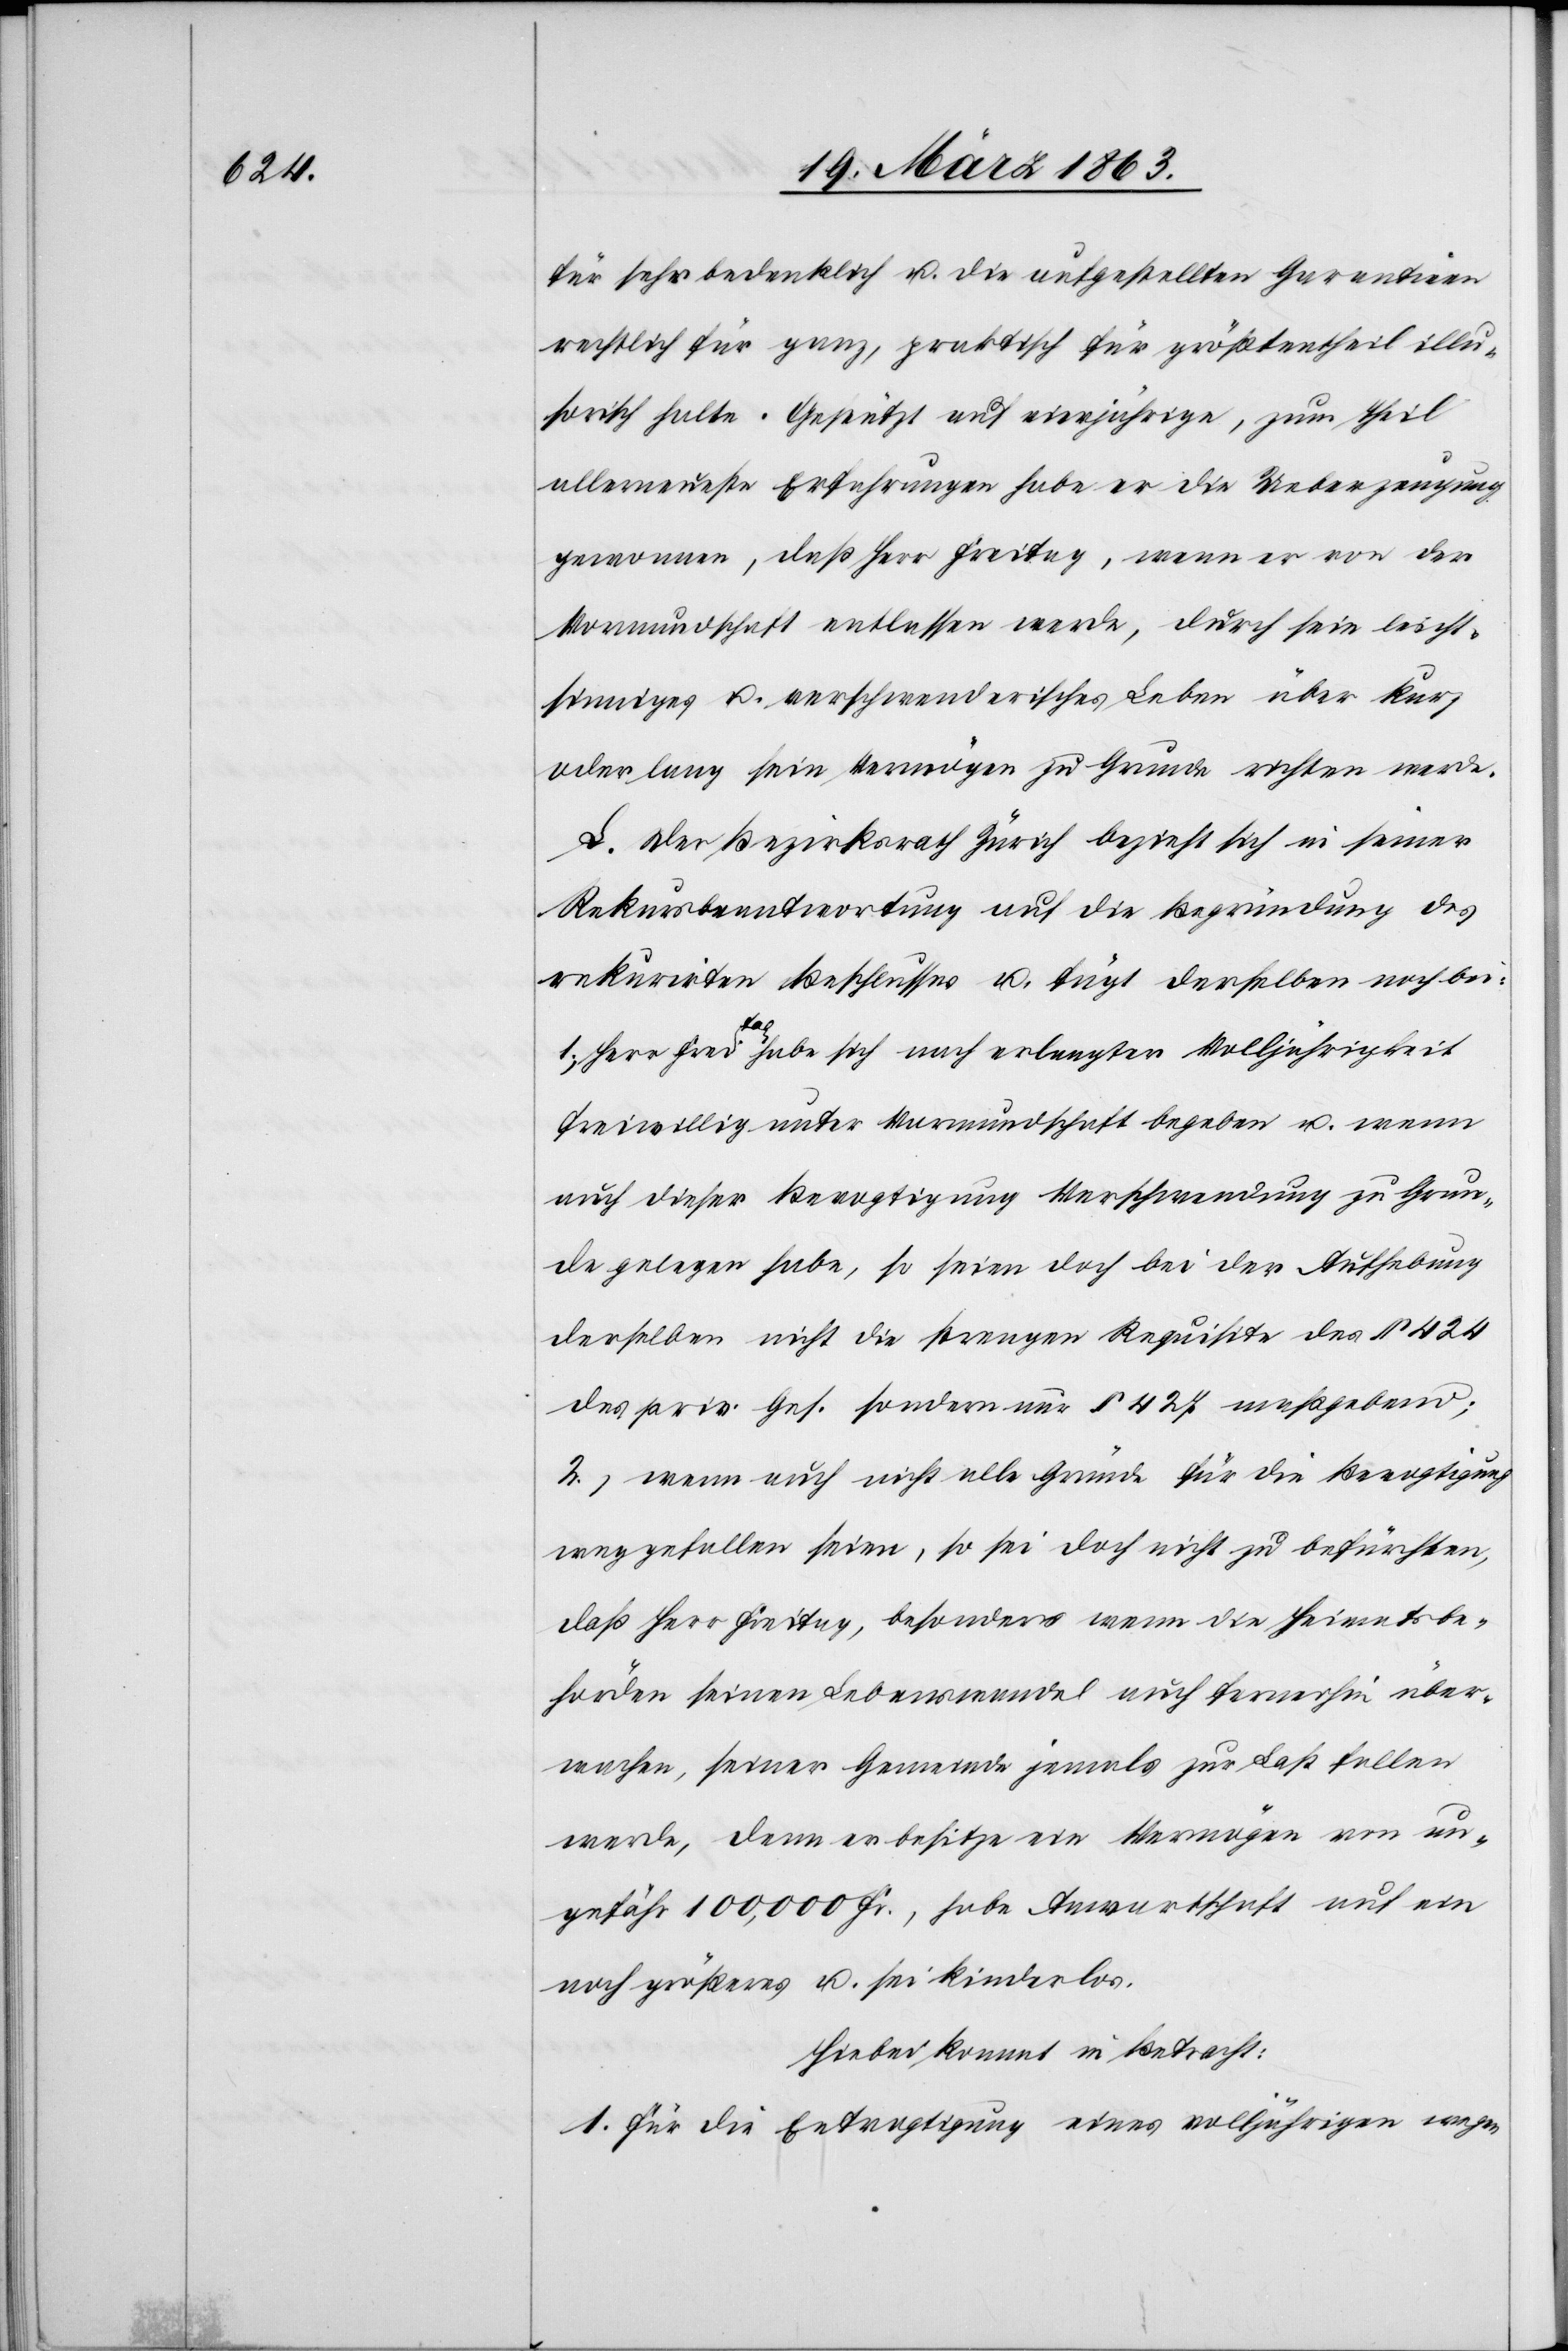
für sehr bedenklich u. die aufgestellten Garantieen
rechtlich für ganz, praktisch für größtentheil illu¬
sorisch halte. Gestützt auf eiwjährige [sic!], zum Theil
allerneueste Erfahrungen habe er die Ueberzeugung
gewonnen, daß Herr Freitag, wenn er von der
Vormundschaft entlassen werde, durch sein leicht¬
sinniges u. verschwenderisches Leben über kurz
oder lang sein Vermögen zu Grunde richten werde.
L. Der Bezirksrath Zürich bezieht sich in seiner
Rekursbeantwortung auf die Begründung des
rekurirten Beschlusses u. fügt derselben noch bei:
1.) Herr Freitag habe sich nach erlangter Volljährigkeit
freiwillig unter Vormundschaft begeben u. wenn
auch dieser Bevogtigung Verschwendung zu Grun¬
de gelegen habe, so seien doch bei der Aufhebung
derselben nicht die strengen Requisite des § 424
des priv. Ges. sondern nur § 427 maßgebend;
2.) wenn auch nicht alle Gründe für die Bevogtigung
weggefallen seien, so sei doch nicht zu befürchten,
daß Herr Freitag, besonders wenn die Heimatsbe¬
hörden seinen Lebenswandel auch fernerhin über¬
wachen, seiner Gemeinde jemals zur Last fallen
werde, denn er besitze ein Vermögen von un¬
gefähr 100,000 Fr., habe Anwartschaft auf ein
noch größeres u. sei kinderlos.
Hiebei kommt in Betracht:
1. Für die Entvogtigung eines volljährigen wegen